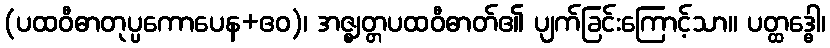
(ပထဝီဓာတုပ္ပကောပေန+ဧဝ)၊ အဇ္ဈတ္တပထဝီဓာတ်၏ ပျက်ခြင်းကြောင့်သာ။ ပတ္ထဒ္ဓေါ၊